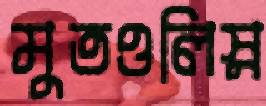
মুতওলিস্ন